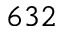
6 3 2